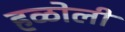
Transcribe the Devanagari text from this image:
हळोली